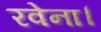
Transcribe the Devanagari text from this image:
रवेना।